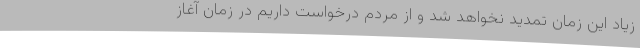
زیاد این زمان تمدید نخواهد شد و از مردم درخواست داریم در زمان آغاز